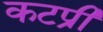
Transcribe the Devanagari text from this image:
कटप्री